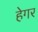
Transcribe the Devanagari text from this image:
हेगर